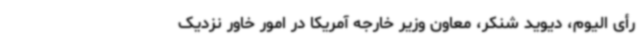
رأی الیوم، دیوید شنکر، معاون وزیر خارجه آمریکا در امور خاور نزدیک